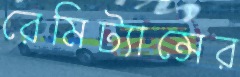
রেমিট্যান্সের